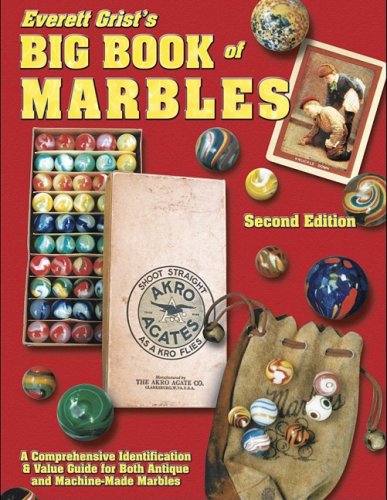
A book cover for Everett Grist's Big Book of Marbles: A Comprehensive Identification & Value Guide for Both Antique and Machine-Made Marbles; Everett Grist; Crafts, Hobbies & Home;